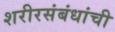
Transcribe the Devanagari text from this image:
शरीरसंबंधांची